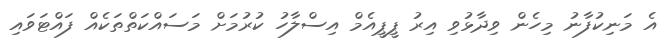
އެ މަނިކުފާނު މިހެން ވިދާޅުވި އިރު ޕީޕީއެމް އިސްލާހު ކުރުމަށް މަސައްކަތްތަކެއް ފައްޓަވައި